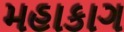
મહાકાગ